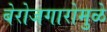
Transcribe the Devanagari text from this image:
बेरोजगारोमुळे